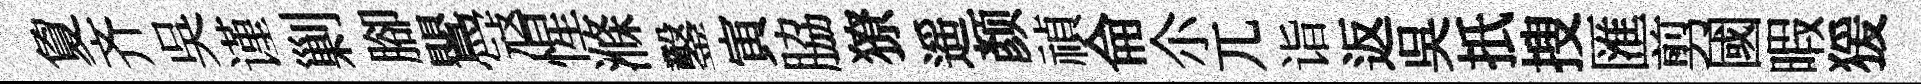
夐齐吳谨剿腳鸎冦惺滌鑿寅脇獠遥颜禎侖尒兀诣返吳扺搜匯剪國暇猨